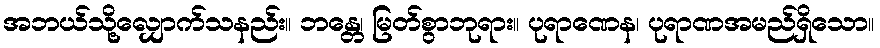
အဘယ်သို့လျှောက်သနည်း။ ဘန္တေ၊ မြတ်စွာဘုရား။ ပုရာဏေန၊ ပုရာဏအမည်ရှိသော။